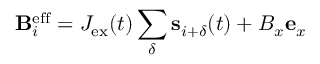
{ \bf B } _ { i } ^ { \mathrm { e f f } } = J _ { \mathrm { e x } } ( t ) \sum _ { \delta } { \bf s } _ { i + \delta } ( t ) + B _ { x } { \bf e } _ { x }